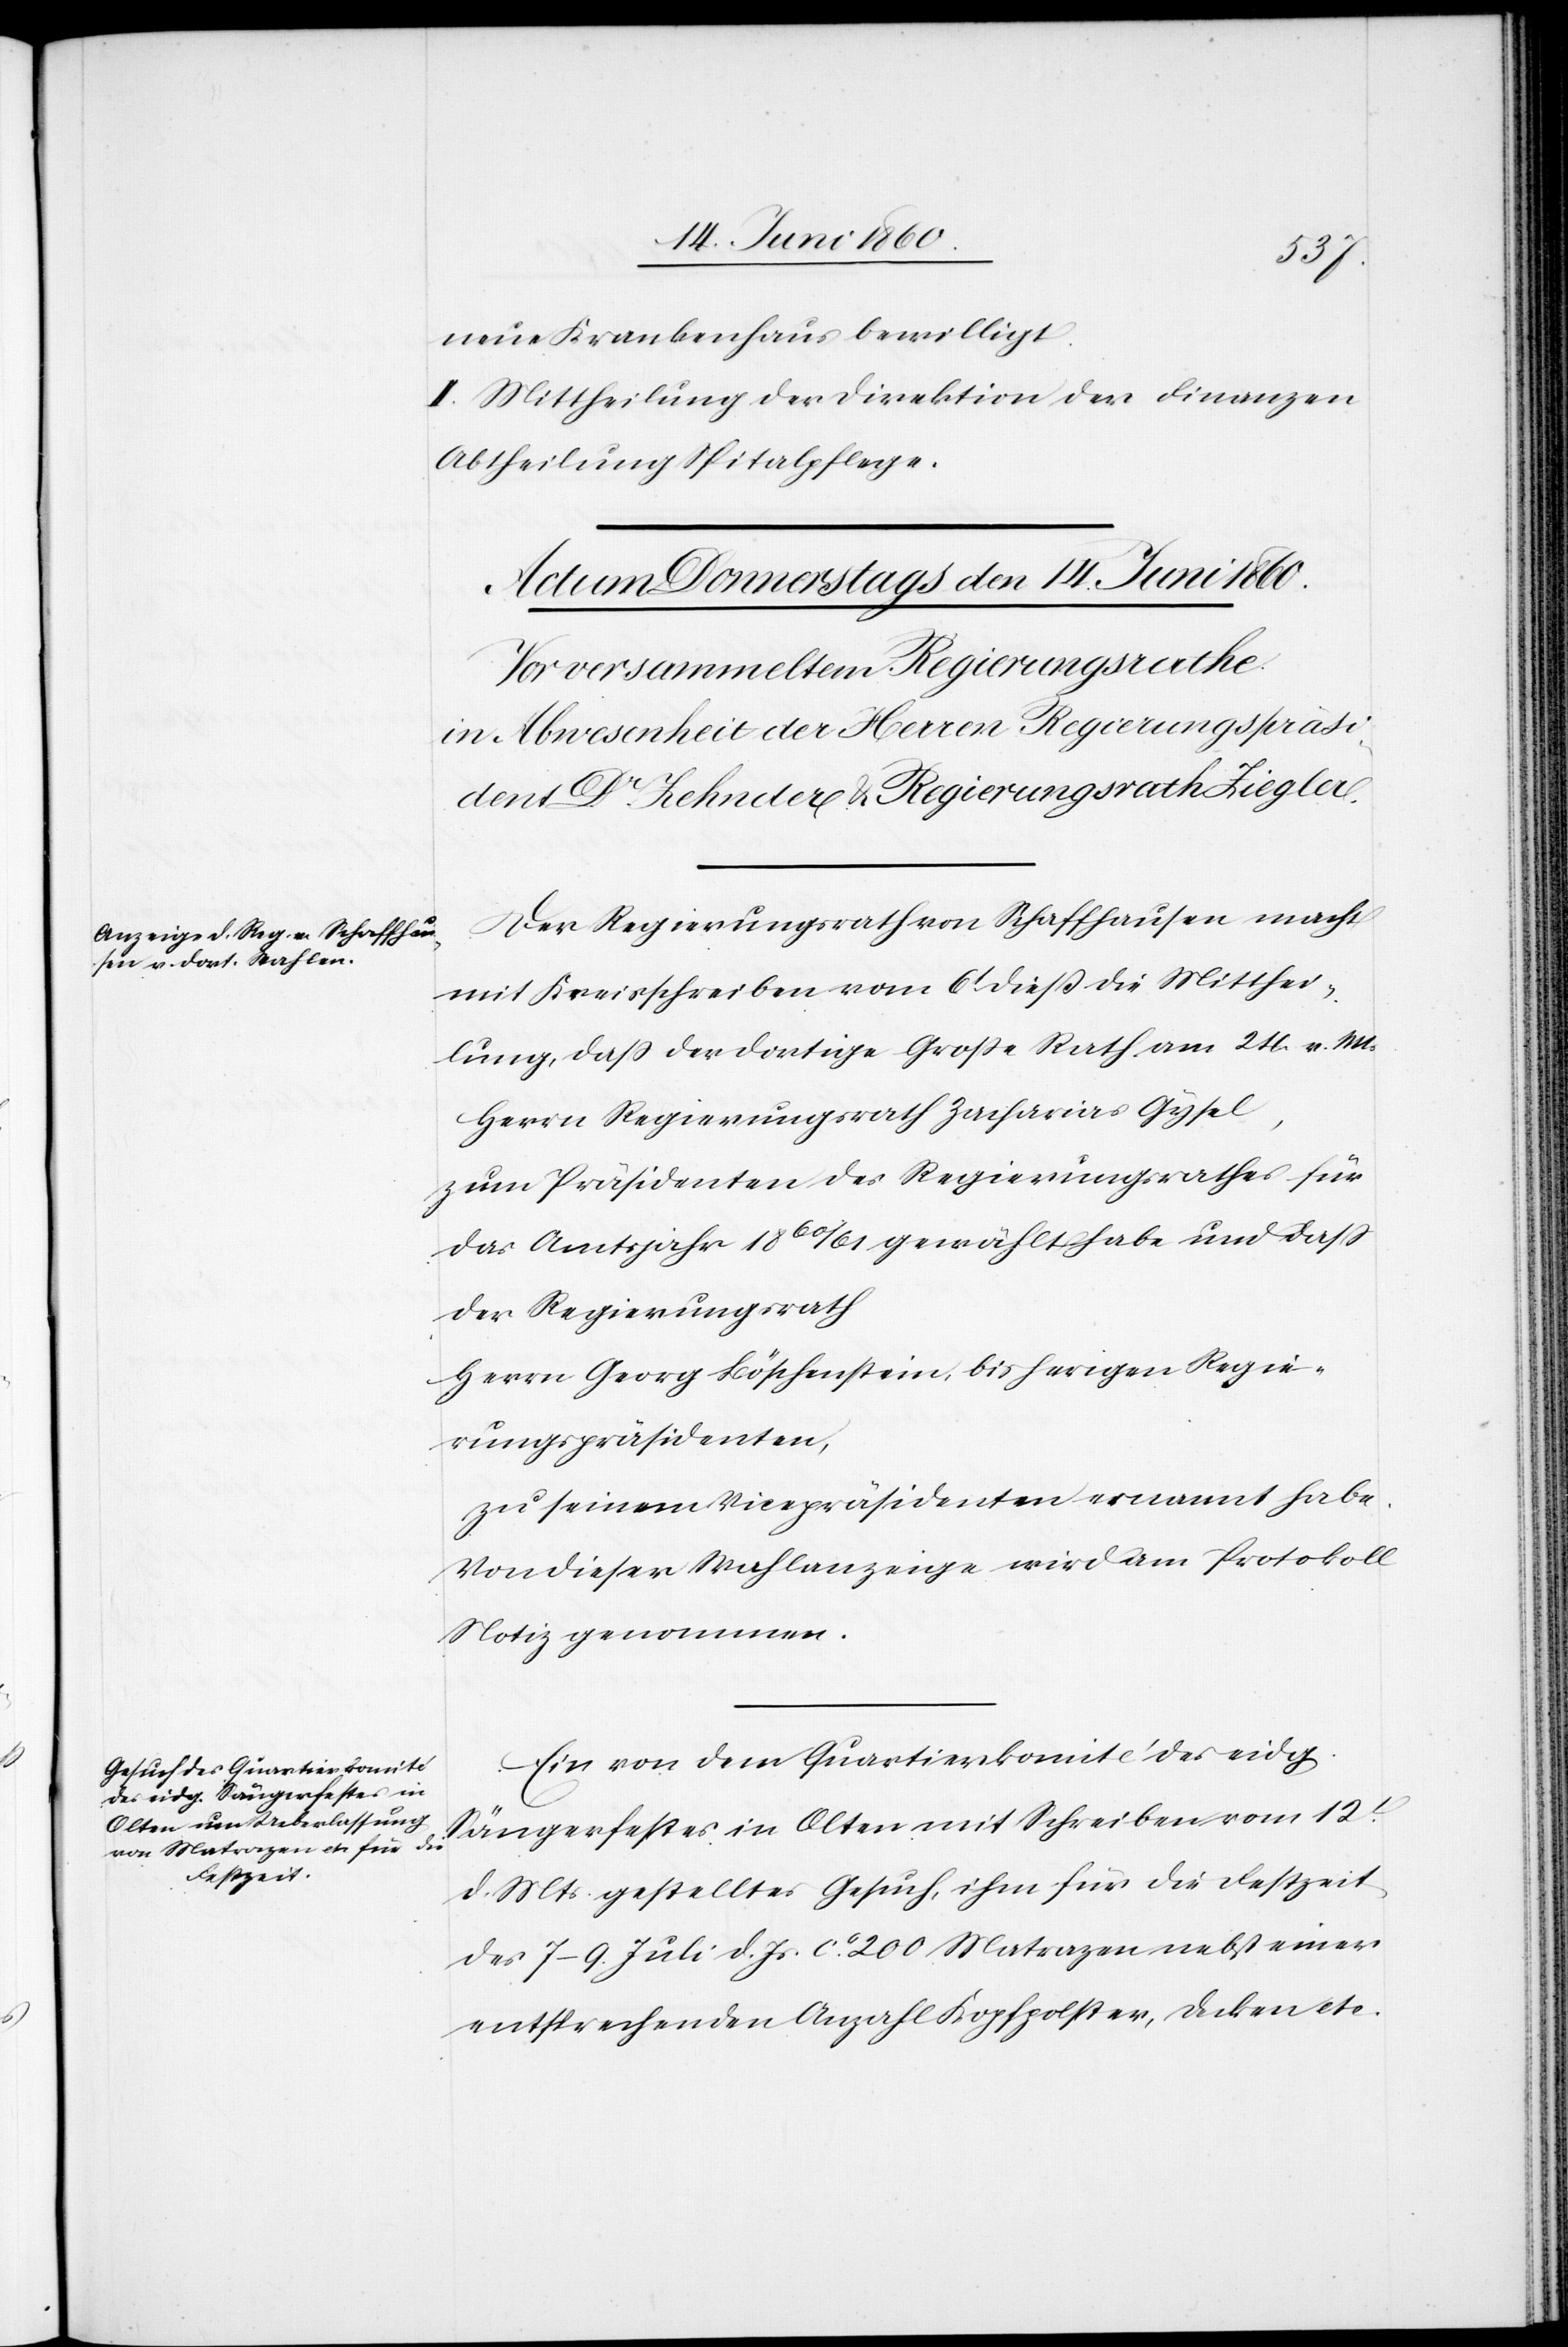
neue Krankenhaus bewilligt.
II. Mittheilung der Direktion der Finanzen
Abtheilung Spitalpflege.
Der Regierungsrath von Schaffhausen macht
mit Kreisschreiben vom 6t diess die Mitthei¬
lung, daß der dortige Grosse Rath am 24. v. M.
Herrn Regierungsrath Zacharias Gysel,
zum Präsidenten des Regierungsrathes für
das Amtsjahr 1860/61 gewählt habe und dass
der Regierungsrath
Herrn Georg Böschenstein, bisherigen Regie¬
rungspräsidenten,
zu seinem Vicepräsidenten ernannt habe.
Von dieser Wahlanzeige wird am Protokoll
Notiz genommen.
Ein von dem Quartierskomité des eidg.
Sängerfestes in Olten mit Schreiben vom 12t
d. Mts. gestelltes Gesuch, ihm für die Festzeit
des 7–9. Juli d. Js. ca 200 Matrazen nebst einer
entsprechenden Anzahl Kopfpolster, Decken etc.